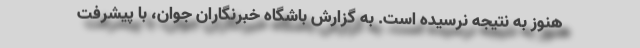
هنوز به نتیجه نرسیده است. به گزارش باشگاه خبرنگاران جوان، با پیشرفت